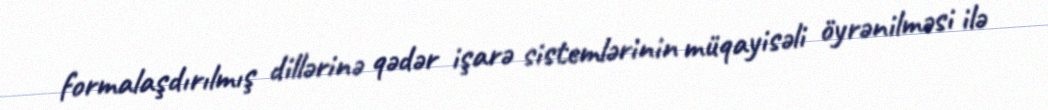
formalaşdırılmış dillərinə qədər işarə sistemlərinin müqayisəli öyrənilməsi ilə